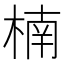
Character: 楠